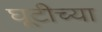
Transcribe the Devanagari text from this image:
घूटीच्या